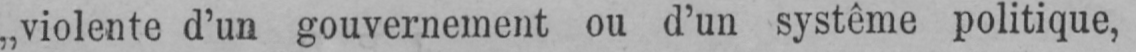
„violente d’un gouvernement ou d’un système politique,